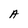
Character: A